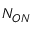
N _ { O N }